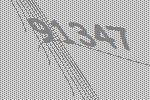
91347